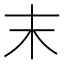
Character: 末